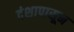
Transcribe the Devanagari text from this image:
दंशापासून